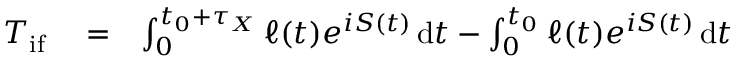
\begin{array} { r l r } { T _ { \ensuremath { \mathrm { i f } } } } & { { } = } & { \int _ { 0 } ^ { t _ { 0 } + \tau _ { X } } \ell ( t ) e ^ { i S ( t ) } \, \mathrm { d } t - \int _ { 0 } ^ { t _ { 0 } } \ell ( t ) e ^ { i S ( t ) } \, \mathrm { d } t } \end{array}